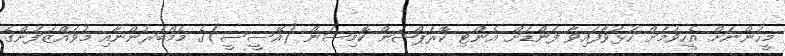
މީހުންނަށް އެހީވުމަށް ހުޅުވާފައިވާ ފަންޑަށް އެންޓި ކޮރަޕްޝަން ކޮމިޝަން (އޭސީސީ)ގެ މެމްބަރުންނާއި މުވައްޒަފުންގެ